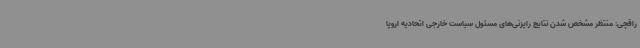
راقچی: منتظر مشخص شدن نتایج رایزنی‌های مسئول سیاست خارجی اتحادیه اروپا